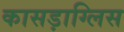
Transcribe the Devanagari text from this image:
कासड़ाग्लिस